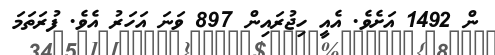
ން 1492 އަށެވެ. އެއީ ހިޖުރައިން 897 ވަނަ އަހަރު އެވެ. ފުރަތަމަ